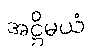
အဋ္ဌိမယံ